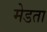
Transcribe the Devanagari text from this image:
मेडता